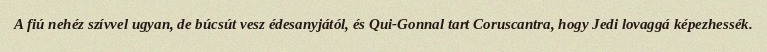
A fiú nehéz szívvel ugyan, de búcsút vesz édesanyjától, és Qui-Gonnal tart Coruscantra, hogy Jedi lovaggá képezhessék.